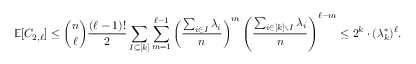
\mathbb E [ C _ { 2 , \ell } ] \le \binom { n } { \ell } \frac { ( \ell - 1 ) ! } { 2 } \sum _ { I \subseteq [ k ] } \sum _ { m = 1 } ^ { \ell - 1 } \left( \frac { \sum _ { i \in I } \lambda _ { i } } { n } \right) ^ { m } \left( \frac { \sum _ { i \in [ k ] \setminus I } \lambda _ { i } } { n } \right) ^ { \ell - m } \le 2 ^ { k } \cdot ( \lambda _ { k } ^ { * } ) ^ { \ell } .